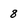
Character: 8